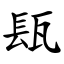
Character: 瓺